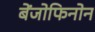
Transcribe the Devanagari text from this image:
बेंजोफिनोन